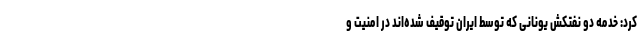
کرد: خدمه دو نفتکش‌ یونانی که توسط ایران توقیف شده‌اند در امنیت و